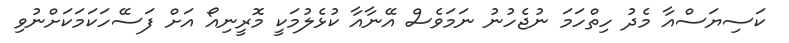
ކަސިޔަސްއާ މެދު ހިތްހަމަ ނުޖެހުނު ނަމަވެސް އޭނާއާ ކުޅެލުމަކީ މޮރީނިއޯ އަށް ފަސޭހަކަމަކަށްނުވި